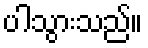
ပါသွားသည်။